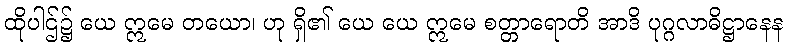
ထိုပါဌ်၌ ယေ ဣမေ တယော၊ ဟု ရှိ၏ ယေ ယေ ဣမေ စတ္တာရောတိ အာဒိ ပုဂ္ဂလာဓိဋ္ဌာနေန